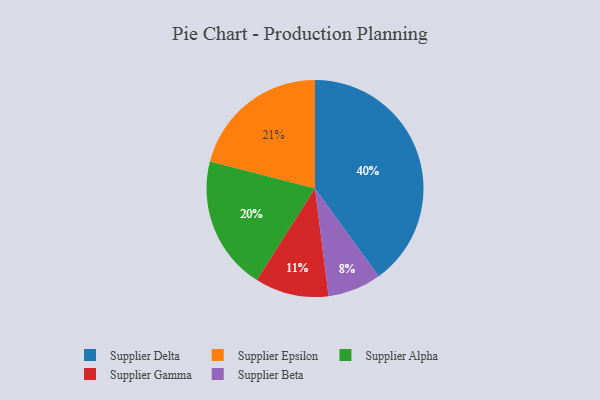
{"axis": {"x": "Category", "y": "Percentage"}, "legend": ["Supplier Alpha", "Supplier Beta", "Supplier Delta", "Supplier Epsilon", "Supplier Gamma"], "data": [{"x": "Supplier Beta", "y": 8, "type": "Supplier Beta"}, {"x": "Supplier Gamma", "y": 11, "type": "Supplier Gamma"}, {"x": "Supplier Epsilon", "y": 21, "type": "Supplier Epsilon"}, {"x": "Supplier Delta", "y": 40, "type": "Supplier Delta"}, {"x": "Supplier Alpha", "y": 20, "type": "Supplier Alpha"}]}